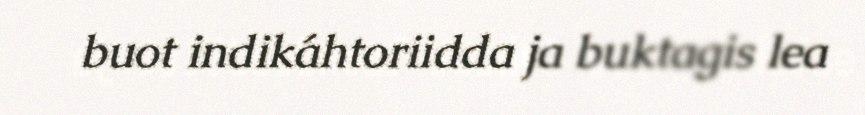
buot indikáhtoriidda ja buktagis lea